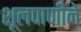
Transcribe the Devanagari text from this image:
शूलपाणीने